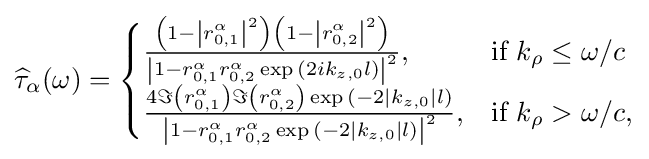
{\widehat {\tau }}_{\alpha }(\omega )={\begin{cases}{\frac {\left(1-\left|r_{0,1}^{\alpha }\right|^{2}\right)\left(1-\left|r_{0,2}^{\alpha }\right|^{2}\right)}{\left|1-r_{0,1}^{\alpha }r_{0,2}^{\alpha }\exp {\left(2ik_{z,0}l\right)}\right|^{2}}},&{\text{if }}k_{\rho }\leq \omega /c\\{\frac {4\Im {\left(r_{0,1}^{\alpha }\right)}\Im {\left(r_{0,2}^{\alpha }\right)}\exp {\left(-2\left|k_{z,0}\right|l\right)}}{\left|1-r_{0,1}^{\alpha }r_{0,2}^{\alpha }\exp {\left(-2\left|k_{z,0}\right|l\right)}\right|^{2}}},&{\text{if }}k_{\rho }>\omega /c,\end{cases}}